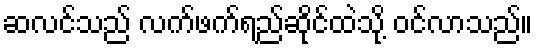
ဆလင်သည် လက်ဖက်ရည်ဆိုင်ထဲသို့ ဝင်လာသည်။